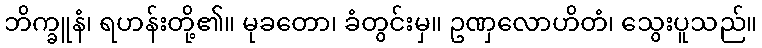
ဘိက္ခူနံ၊ ရဟန်းတို့၏။ မုခတော၊ ခံတွင်းမှ။ ဥဏှလောဟိတံ၊ သွေးပူသည်။